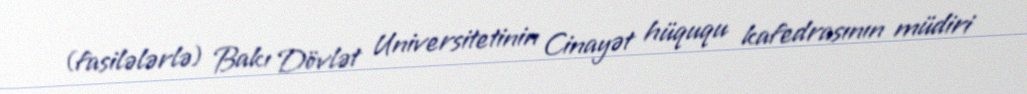
(fasilələrlə) Bakı Dövlət Universitetinin Cinayət hüququ kafedrasının müdiri